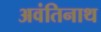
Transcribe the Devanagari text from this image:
अवंतिनाथ